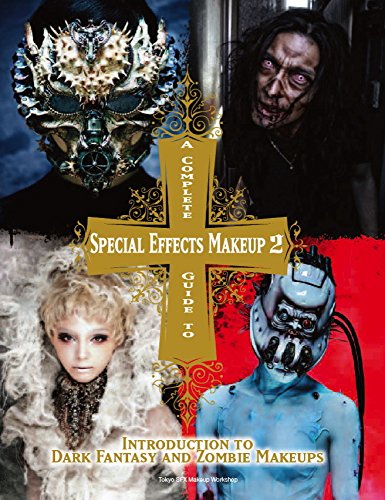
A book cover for A Complete Guide to Special Effects Makeup - Volume 2; Tokyo SFX Makeup Workshop; Humor & Entertainment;